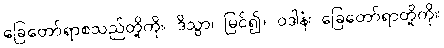
ခြေတော်ရာစသည်တို့ကို။ ဒိသွာ၊ မြင်၍။ ဝဒါနံ၊ ခြေတော်ရာတို့ကို။